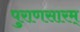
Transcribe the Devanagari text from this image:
पुराणसारम्